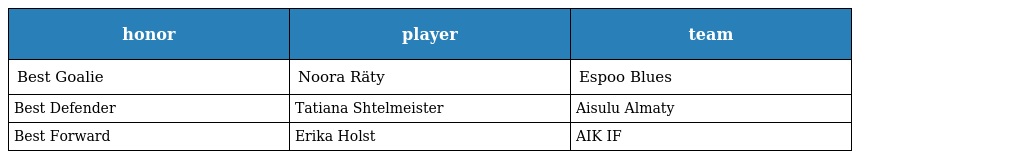
| honor | player | team |
 | --- | --- | --- |
 | Best Goalie | Noora Räty | Espoo Blues |
 | Best Defender | Tatiana Shtelmeister | Aisulu Almaty |
 | Best Forward | Erika Holst | AIK IF |